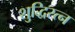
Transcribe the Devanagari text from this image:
शुद्धिरत्न